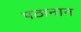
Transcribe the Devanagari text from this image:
पठानान